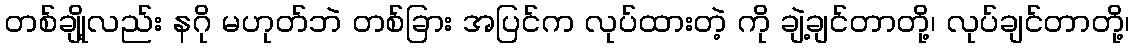
တစ်ချို့လည်း နဂို မဟုတ်ဘဲ တစ်ခြား အပြင်က လုပ်ထားတဲ့ ကို ချဲ့ချင်တာတို့၊ လုပ်ချင်တာတို့၊